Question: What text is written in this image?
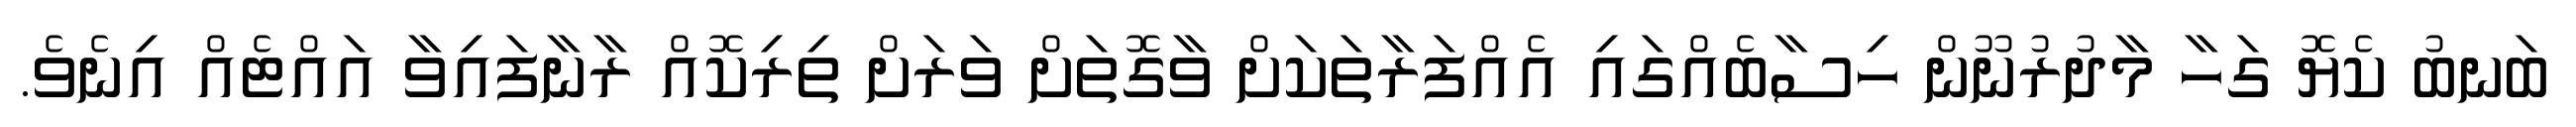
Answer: ބަނބު ކެޔޮ ގަހާ މާދުރުނޫން ހިސާބެއްގައި އެއްފަރާތަކަށް ވާގޮތަށް ވަރަށް ތިރިކޮއް ރާނާފައިވާ އައްޓެއް އިނެވެ.